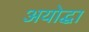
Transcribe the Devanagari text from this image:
अयोद्धा